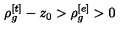
\rho _ { g } ^ { [ t ] } - z _ { 0 } > \rho _ { g } ^ { [ e ] } > 0